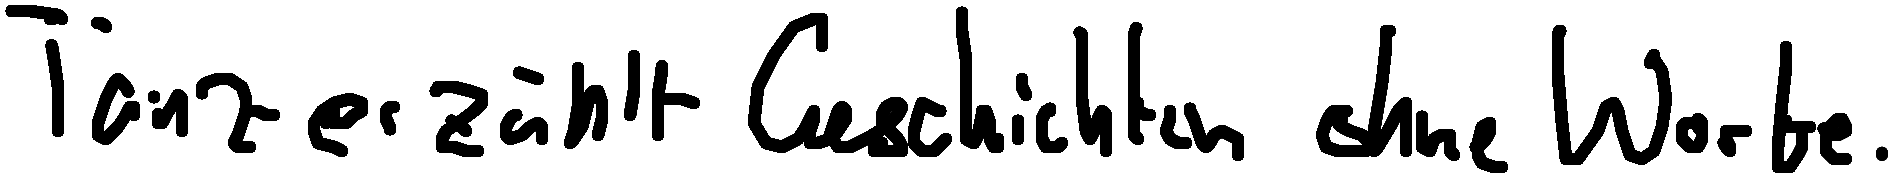
Tanz erzählt Geschichten ohne Worte.